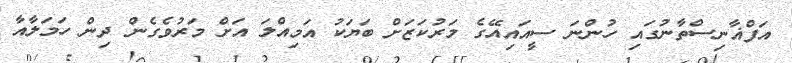
އަފްޣާނިސްތާނުގައި ހުންނަ ސީއައިއޭގެ މަރުކަޒަށް ބަޔަކު އަމިއްލަ އަށް މަރުވެގެން ދިން ހަމަލާއާ